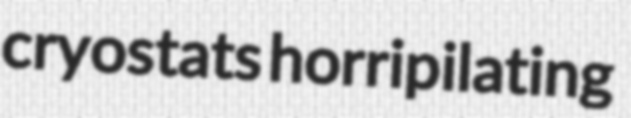
cryostats horripilating